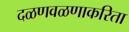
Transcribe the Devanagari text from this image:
दळणवळणाकरिता